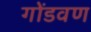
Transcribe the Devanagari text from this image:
गोंडवण